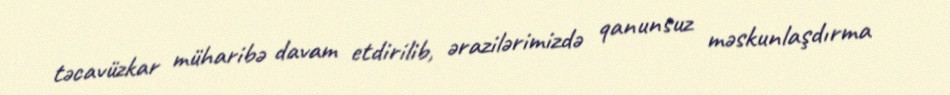
təcavüzkar müharibə davam etdirilib, ərazilərimizdə qanunsuz məskunlaşdırma